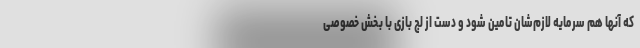
که آنها هم سرمایه‌ لازم‌شان تامین شود و دست از لج بازی با بخش خصوصی